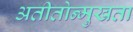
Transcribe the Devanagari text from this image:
अतीतोन्मुखता